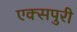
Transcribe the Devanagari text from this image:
एक्‍सपुरी